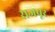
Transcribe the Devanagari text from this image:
सजबूर